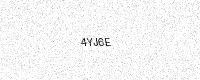
Text: 4YJ6E